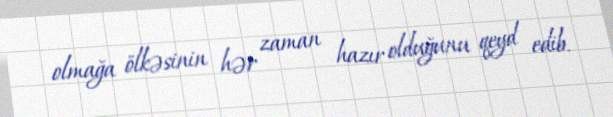
olmağa ölkəsinin hər zaman hazır olduğunu qeyd edib.